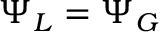
\Psi _ { L } = \Psi _ { G }